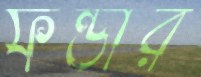
ফন্ডার